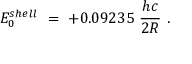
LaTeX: E _ { 0 } ^ { s h e l l } \ = \ + 0 . 0 9 2 3 5 \ \frac { h c } { 2 R } \ .